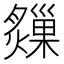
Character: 𤑗